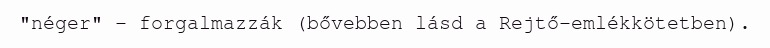
"néger" – forgalmazzák (bővebben lásd a Rejtő-emlékkötetben).